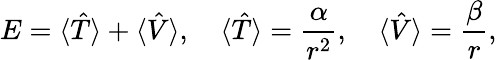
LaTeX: E=\langle\hat{T}\rangle+\langle\hat{V}\rangle,\quad\langle\hat{T}\rangle=\frac{\alpha}{r^{2}},\quad\langle\hat{V}\rangle=\frac{\beta}{r},